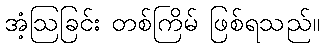
အံ့ဩခြင်း တစ်ကြိမ် ဖြစ်ရသည်။